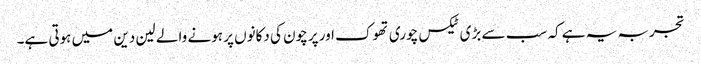
تجربہ یہ ہے کہ سب سے بڑی ٹیکس چوری تھوک اور پرچون کی دکانوں پر ہونے والے لین دین میں ہوتی ہے۔